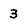
Character: 3